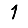
Digit: 1